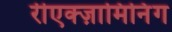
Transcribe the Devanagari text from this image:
रीएक्ज़ामिनिंग